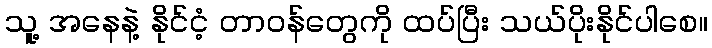
သူ့ အနေနဲ့ နိုင်ငံ့ တာဝန်တွေကို ထပ်ပြီး သယ်ပိုးနိုင်ပါစေ။